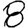
Digit: 8